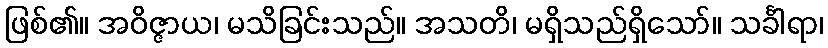
ဖြစ်၏။ အဝိဇ္ဇာယ၊ မသိခြင်းသည်။ အသတိ၊ မရှိသည်ရှိသော်။ သင်္ခါရာ၊